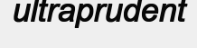
ultraprudent